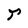
Character: r